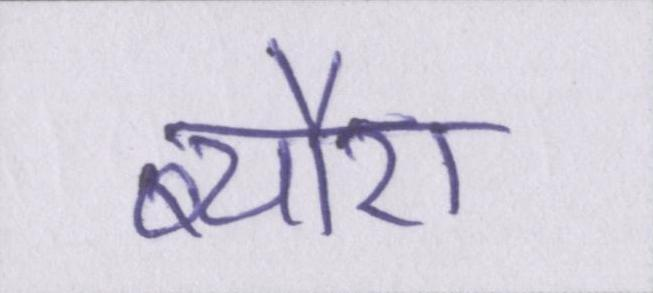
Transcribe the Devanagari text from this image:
ब्यौरा